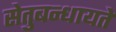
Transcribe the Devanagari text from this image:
सेतुबन्धायते